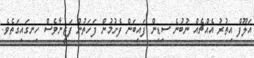
އަލޫފް އިތުރު އެއްޗެއް ނުބުނެ ސިޑިން ފައިބަން ފެށުމުން ފަހަތުން ފަޒީނާވެސް ހިނގައިގަތެވެ.